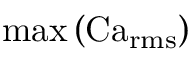
\operatorname* { m a x } \left( \operatorname { C a } _ { \operatorname { r m s } } \right)